Report on lock hospitals in British Burma
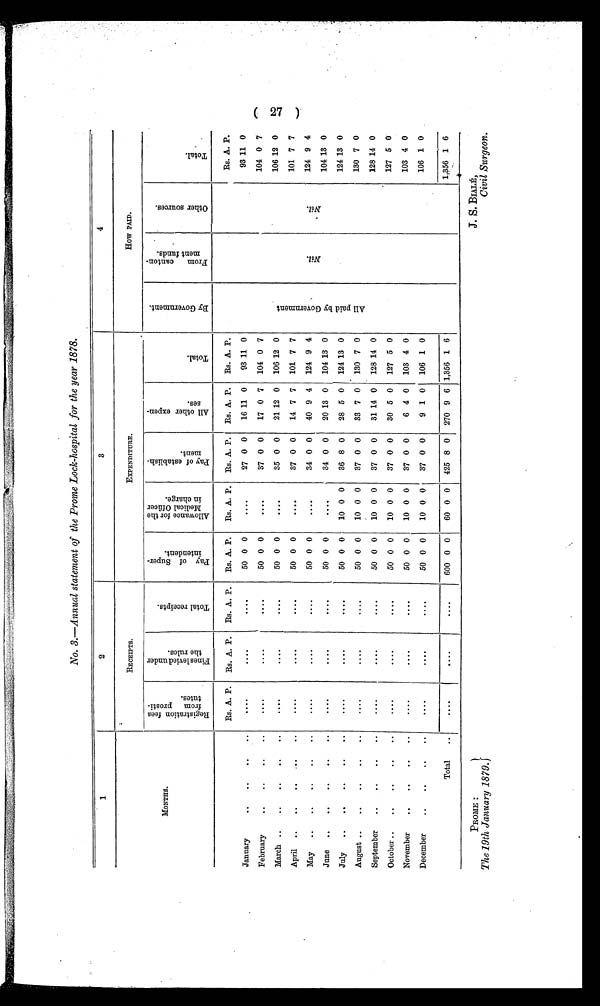
PROME :
The 19th January 1879.
J. S. BIALÉ,
Civil Surgeon.
No. 3.—Annual statement of the Prome Lock-hospital for the year 1878.
1
2
3
4
MONTHS.
RECEIPTS.
EXPENDITURE.
HOW PAID.
R e g i s t r a t i o n f e e s f r o m p r o s t i t u t e s .
F i n e s l i e v e d u n d e r t h e r u l e s .
T o t a l r e c e i p t s .
P a y o f S u p e r i n t e n d e n t .
A l l o w a n c e f o r t h e M e d i c a l O f f i c e r i n c h a r g e .
P a y o f e s t a b l i s h m e n t .
A l l o t h e r e x p e n s e s .
T o t a l .
B y G o v e r n m e n t .
F r o m c a n t o n m e n t f u n d s .
O t h e r s o u r c e s .
T o t a l .
Rs. A. P.
Rs. A. P.
Rs. A. P.
Rs. A. P.
Rs. A. P.
Rs. A. P.
Rs. A. P.
Rs. A. P.
Rs. A. P.
January
. . . . ...
. . . .
....
. . . .
. . . .
. . . . . . . .
. . . .
5 0 0 0
27 0 0
16 11 0
93 11 0
93 11 0
February
. . . . . . . .
. . . .
....
. . . .
. . . .
. . . . . . . .
. . . .
5 0
0
0
3 7
0 0
1 7 0
7
104 0 7
104 0 7
March ..
. . . . . . . .
. . . .
....
. . . .
. . . .
. . . . . . . .
. . . .
50 0 0
35 0 0
21 12 0
106 12 0
A l l p a i d b y G o v e r n m e n t .
N i l .
N i l .
106 12 0
April
..
. . . . . . . . . .
. . . .
....
. . . .
. . . .
. . . .
. . . .
. . . .
50 0 0
37 0 0
14 7 7
101 7 7
101 7 7
May
..
. . . . . . . .
. . . .
....
. . . .
. . . .
. . . . . . . .
. . . .
5 0
0
0
3 4
0 0
4 0
9 4
1 2 4
9 4
124 9 4
June
—
. . . . . . . .
. . . .
....
. . . .
. . . .
. . . . . . . .
. . . .
50 0 0
34 0 0
20 13 0
104 13 0
104
1 3 0
July
..
. . . . . . . .
. . . .
....
. . . .
. . . .
. . . . . . . .
. . . .
50 0 0
10 0 0
36 8 0
28 5 0
124 13 0
124 13 0
August ..
..
..
..
..
. . . . . . . .
. . . .
....
. . . .
. . . .
. . . . . . . .
. . . .
50 0 0
10 0 0
37 0 0
33 7 0
130 7 0
130 7 0
September
..
..
..
..
. . . .
. . . .
. . . .
....
. . . .
. . . .
. . . . . . . .
. . . .
50 0 0
10 0 0
37 0 0
31 14 0
128 14 0
128 14 0
October ..
..
. .
. . . . . . . .
. . . .
....
. . . .
. . . .
. . . . . . . .
. . . .
50 0 0
10 0 0
37 0 0
30 5 0
127 5 0
127 5 0
November
..
..
..
..
. . . .
. . . .
. . . .
....
. . . .
. . . .
. . . . . . . .
. . . .
50 0 0
10 0 0
37 0 0
6 4 0
103 4 0
103 4 0
December
..
..
..
..
. . . .
. . . .
. . . .
....
. . . .
. . . .
. . . . . . . .
. . . .
50 0 0
10 0 0
37 0 0
9 1 0
106 1 0
106 1 0
Total
..
. . . .
. . . .
. . . .
. . . .
. . . .
. . . .
. . . .
. . . .
. . . . 600 0 0
60 0 0
425 8 0
270 9 6 1,356 1 6
1,356 1 6
.
(27)